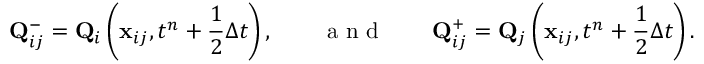
{ \mathbf { Q } } _ { i j } ^ { - } = { \mathbf { Q } } _ { i } \left( \mathbf { x } _ { i j } , t ^ { n } + \frac { 1 } { 2 } \Delta t \right) , \qquad \textnormal { a n d } \qquad { \mathbf { Q } } _ { i j } ^ { + } = { \mathbf { Q } } _ { j } \left( \mathbf { x } _ { i j } , t ^ { n } + \frac { 1 } { 2 } \Delta t \right) .